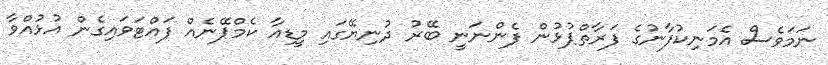
ނަމަވެސް އެމަނިކުފާނުގެ ފަރާތްޕުޅުން ފެންނަނީ ބޭރު ދުނިޔޭގައި މީޑިއާ ކެމްޕޭނެއް ފައްޓަވައިގެން އުޅުއްވާ